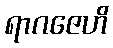
ရာဂဇေဟိ